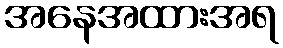
အနေအထားအရ